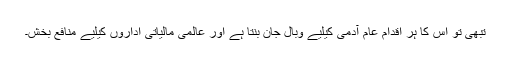
تبھی تو اس کا ہر اقدام عام آدمی کیلیے وبال جان بنتا ہے اور عالمی مالیاتی اداروں کیلیے منافع بخش۔